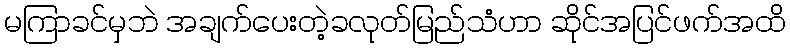
မကြာခင်မှဘဲ အချက်ပေးတဲ့ခလုတ်မြည်သံဟာ ဆိုင်အပြင်ဖက်အထိ